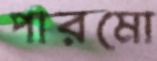
পারমো